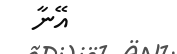
އޭނާ